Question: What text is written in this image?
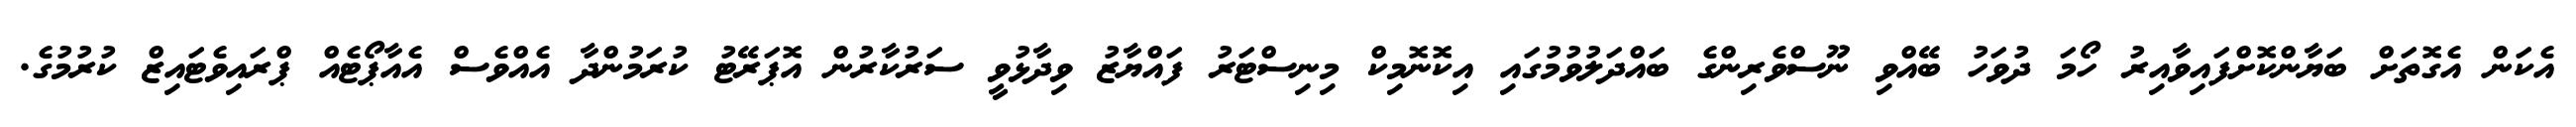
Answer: އެކަން އެގޮތަށް ބަޔާންކޮށްފައިވާއިރު ހޯމަ ދުވަހު ބޭއްވި ނޫސްވެރިންގެ ބައްދަލުވުމުގައި އިކޮނޮމިކް މިނިސްޓަރު ފައްޔާޒު ވިދާޅުވީ ސަރުކާރުން އޮޕަރޭޓު ކުރަމުންދާ އެއްވެސް އެއާޕޯޓެއް ޕްރައިވެޓައިޒް ކުރުމުގެ.